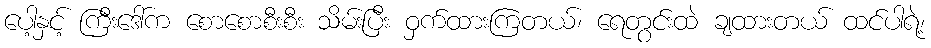
ပေါ့နှင့် ကြီးဒေါ်က စောစောစီးစီး သိမ်းပြီး ဝှက်ထားကြတယ်၊ ရေတွင်းထဲ ချထားတယ် ထင်ပါရဲ့၊